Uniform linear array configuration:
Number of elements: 24
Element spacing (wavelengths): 0.75
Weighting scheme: binomial
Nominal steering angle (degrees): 60
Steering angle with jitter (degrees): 58.816
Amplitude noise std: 0.05
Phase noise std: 0.05

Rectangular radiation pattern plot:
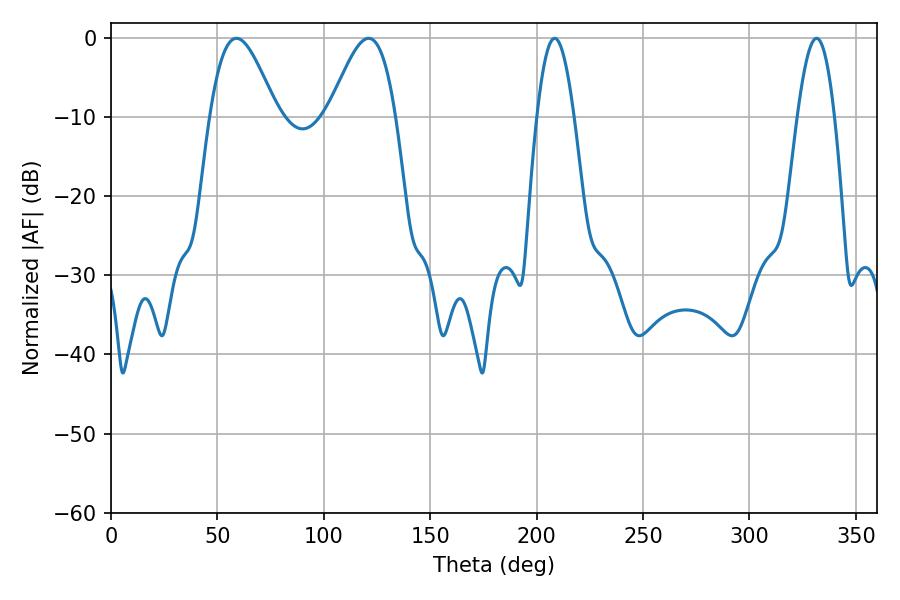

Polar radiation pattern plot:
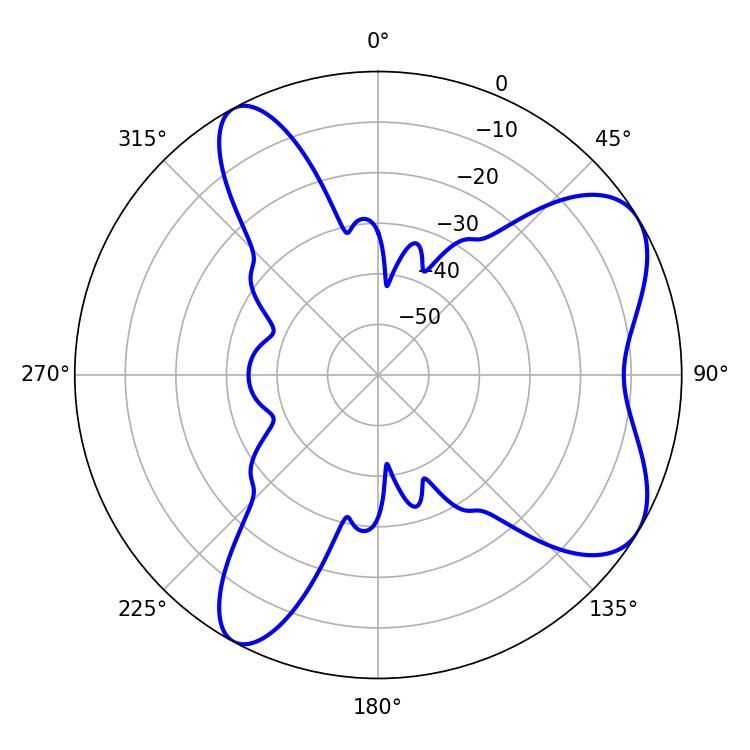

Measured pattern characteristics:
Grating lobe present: TRUE
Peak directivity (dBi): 6.856
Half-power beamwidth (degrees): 9.36
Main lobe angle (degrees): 208.44